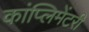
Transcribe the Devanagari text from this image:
कांप्लिमेंटरी